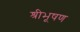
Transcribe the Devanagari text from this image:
श्रीभूषण